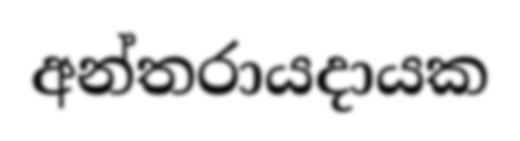
අන්තරායදායක